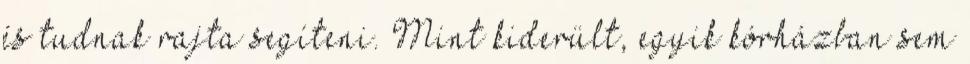
és tudnak rajta segíteni. Mint kiderült, egyik kórházban sem